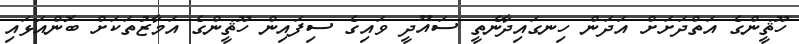
ހޫޘީންގެ އަތްދަށަށް އަދަން ހިނގައިދާނެތީ ސައޫދީ ވައިގެ ސިފައިން ހޫޘީންގެ އަމާޒުތަކަށް ބޮންއަޅައި